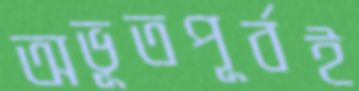
অভূতপূর্বই